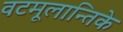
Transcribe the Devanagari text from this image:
वटमूलान्तिके